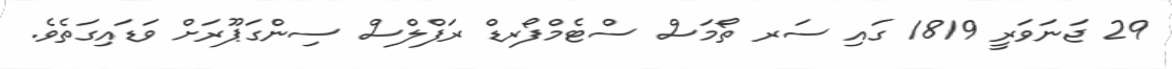
29 ޖަނަވަރީ 1819 ގައި ސަރ ތޯމަސް ސްޓެމްފޯރޑް ރަފްލްސް ސިންގަޕޫރަށް ވަޑައިގަތެވެ.